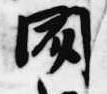
聞